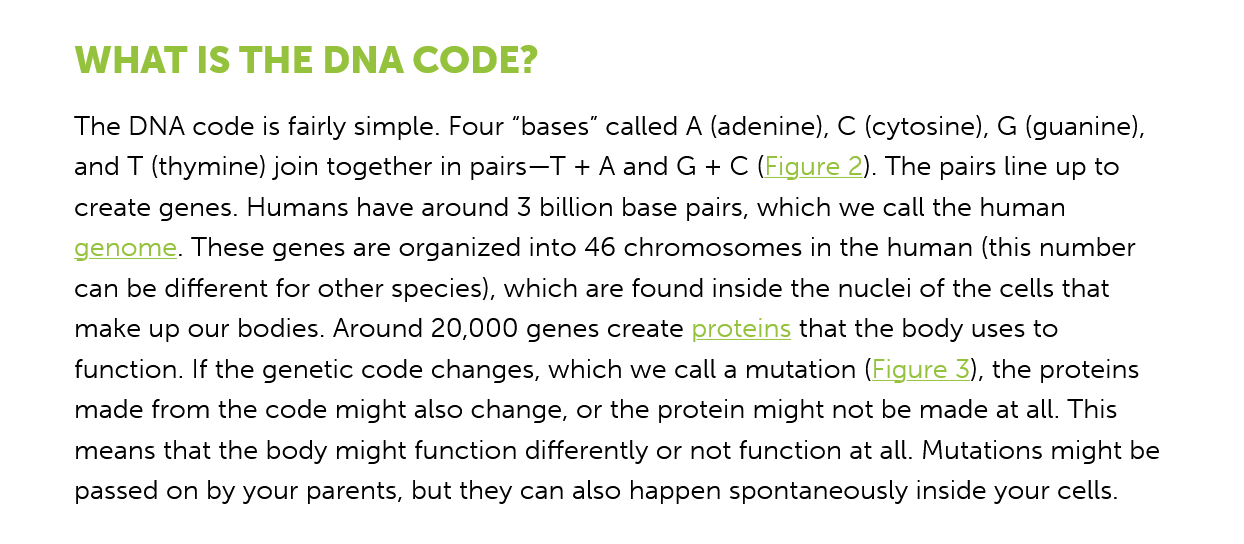
WHAT  IS   THE    DNA   CODE?
     The DNA code is fairly simple. Four “bases” called A (adenine), C (cytosine), G (guanine),
     and T (thymine) join together in pairs—T + A and G + C (Figure 2). The pairs line up to
     create genes. Humans have around
  3
     billion base pairs, which we call the human
     genome. These genes are organized into 46 chromosomes in the human (this number
     can be different for other species), which are found inside the nuclei of the cells that
     make up our bodies. Around 20,000 genes create proteins that the body uses to

     function. If the genetic code changes, which we call a mutation (Figure 3), the proteins
     made from the code might also change, or the protein might not be made at all. This
     means that the body might function differently or not function at all. Mutations might be
     passed on by your parents, but they can also happen spontaneously inside your cells.